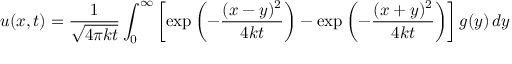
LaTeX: u ( x , t ) = { \frac { 1 } { \sqrt { 4 \pi k t } } } \int _ { 0 } ^ { \infty } \left[ \exp \left( - { \frac { ( x - y ) ^ { 2 } } { 4 k t } } \right) - \exp \left( - { \frac { ( x + y ) ^ { 2 } } { 4 k t } } \right) \right] g ( y ) \, d y